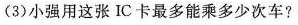
(3)小强用这张 IC 卡最多能乘多少次车?